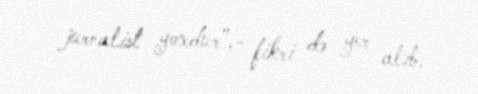
jurnalist yoxdur”,- fikri də yer alıb.